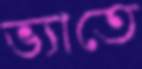
ভ্যাতে